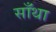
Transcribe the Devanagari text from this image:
साँथा